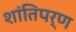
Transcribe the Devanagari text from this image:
शांतिपर्ण